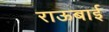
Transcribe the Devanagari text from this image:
राऊबाई